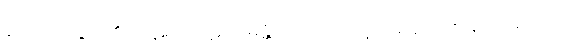
ဝေဒိတဗ္ဗော၊ ၏။) ပဋိညာပဋိဝေဓန္တိအာဒိ၊ ဤသို့ အစရှိသော စကားသည်။